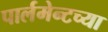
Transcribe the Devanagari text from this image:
पार्लमेन्टच्या